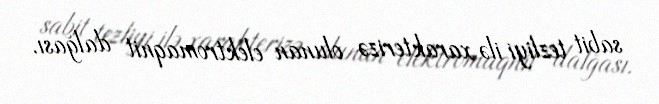
sabit tezliyi ilə xarakterizə olunan elektromaqnit dalğası.